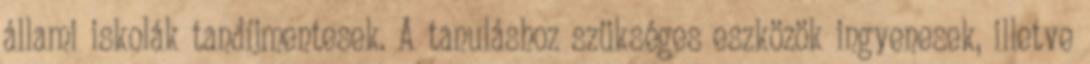
állami iskolák tandíjmentesek. A tanuláshoz szükséges eszközök ingyenesek, illetve